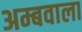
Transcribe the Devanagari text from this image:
अम्बवाला